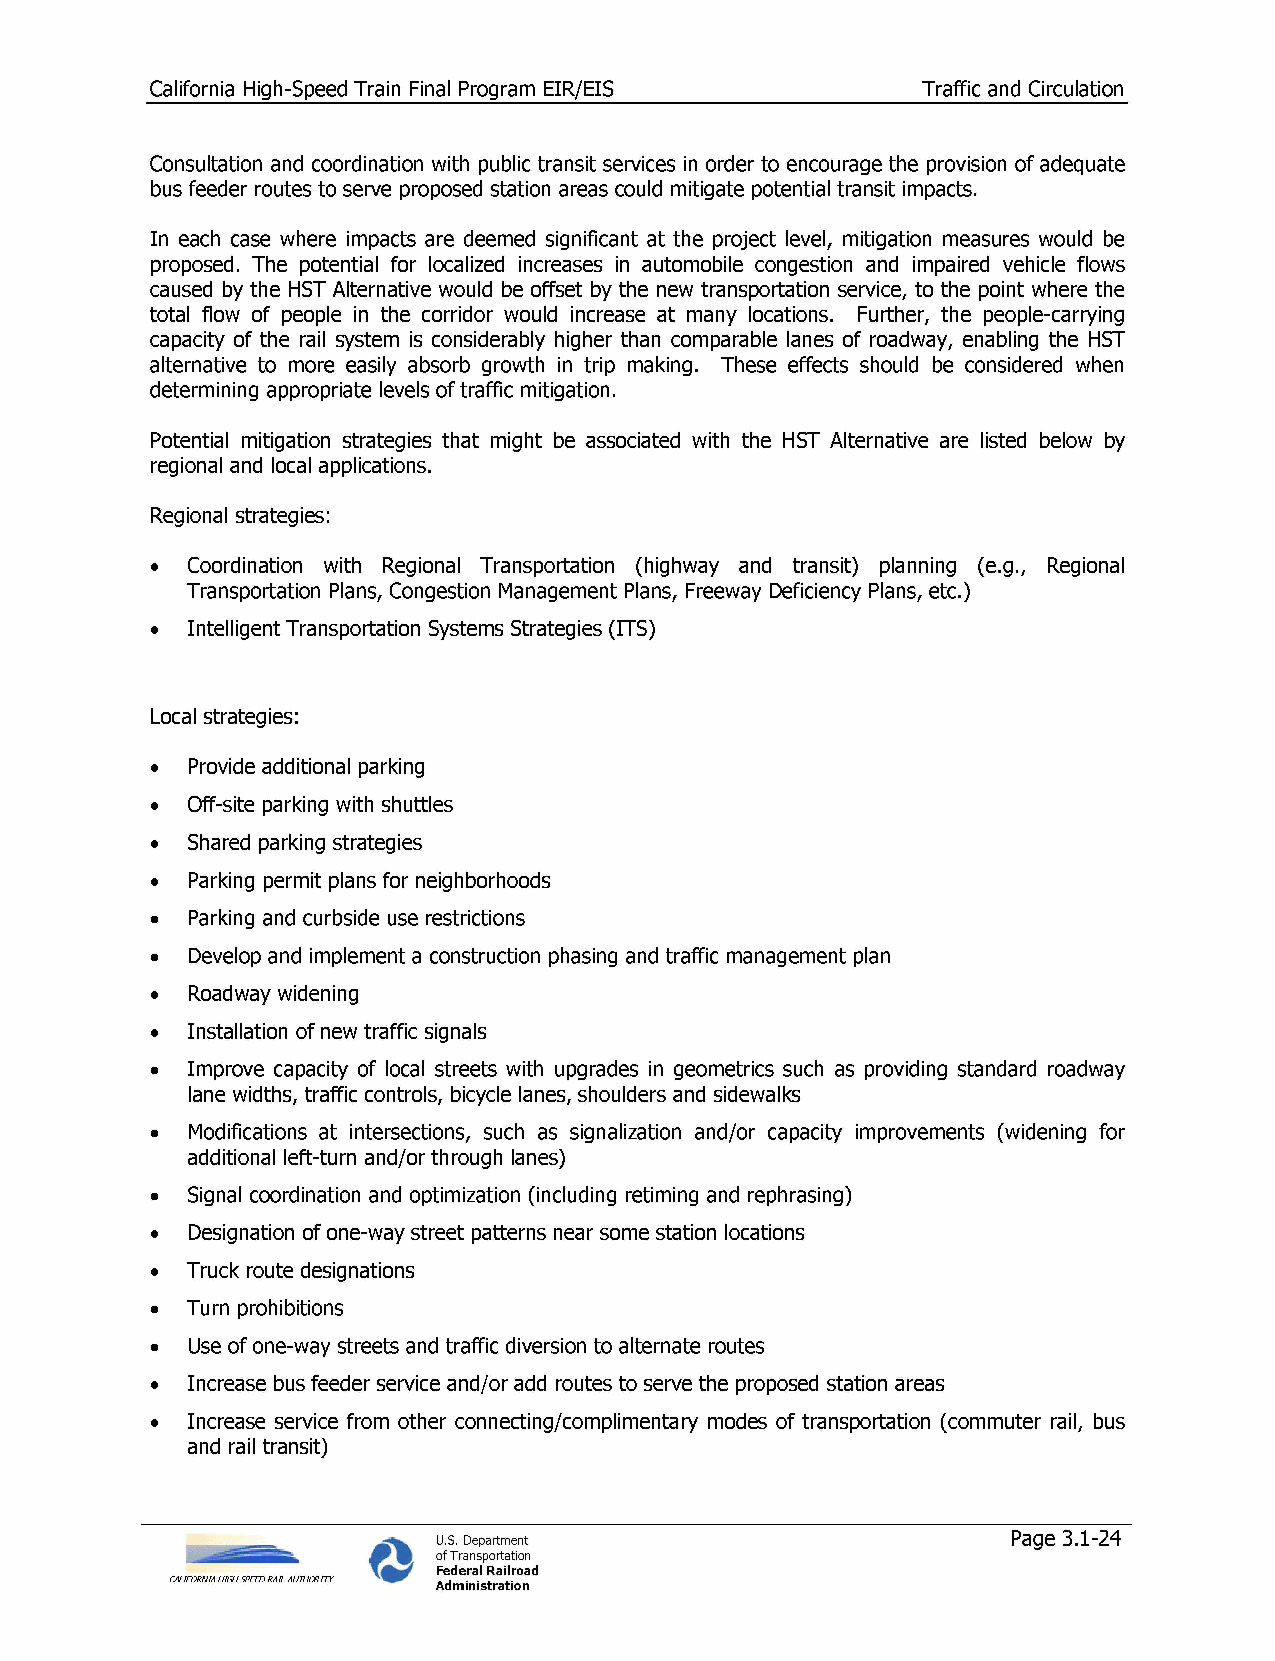
California High-Speed Train Final Program EIR/EIS  Traffic and Circulation
 Consultation and coordination with public transit services in order to encourage the provision of adequate
 bus feeder routes to serve proposed station areas could mitigate potential transit impacts.
 In each case where impacts are deemed significant at the project level, mitigation measures would be
 proposed. The potential for localized increases in automobile congestion and impaired vehicle flows
 caused by the HST Alternative would be offset by the new transportation service, to the point where the
 total flow of people in the corridor would increase at many locations. Further, the people-carrying
 capacity of the rail system is considerably higher than comparable lanes of roadway, enabling the HST
 alternative to more easily absorb growth in trip making. These effects should be considered when
 determining appropriate levels of traffic mitigation.
 Potential mitigation strategies that might be associated with the HST Alternative are listed below by
 regional and local applications.
 Regional strategies:
 • Coordination with Regional Transportation (highway and transit) planning (e.g., Regional
 Transportation Plans, Congestion Management Plans, Freeway Deficiency Plans, etc.)
 • Intelligent Transportation Systems Strategies (ITS)
 Local strategies:
 •  Provide additional parking
 • Off-site parking with shuttles
 • Shared parking strategies
 •  Parking permit plans for neighborhoods
 •  Parking and curbside use restrictions
 •  Develop and implement a construction phasing and traffic management plan
 •  Roadway widening
 • Installation of new traffic signals
 • Improve capacity of local streets with upgrades in geometries such as providing standard roadway
 lane widths, traffic controls, bicycle lanes, shoulders and sidewalks
 •  Modifications at intersections, such as signalization and/or capacity improvements (widening for
 additional left-turn and/or through lanes)
 • Signal coordination and optimization (including retiming and rephrasing)
 •  Designation of one-way street patterns near some station locations
 • Truck route designations
 • Turn prohibitions
 •  Use of one-way streets and traffic diversion to alternate routes
 • Increase bus feeder service and/or add routes to serve the proposed station areas
 • Increase service from other connecting/complimentary modes of transportation (commuter rail, bus
 and rail transit)
 U.S. Department                       Page 3.1-24
 of Transportation
 Federal Railroad
 CALIFORNIA HIGH SPEED RAIL AUTHORITY Administration